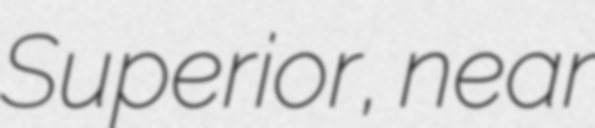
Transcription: Superior, near